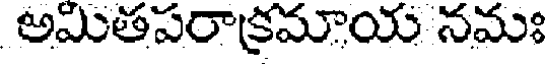
అమితపరాక్రమాయ నమః